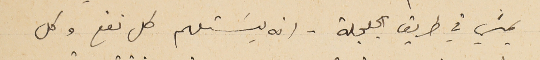
يمشي في طريق الجلجلة - انه يسَتلهم كل نفع وكل